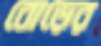
বোড়ের